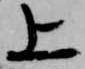
上